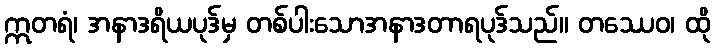
ဣတရံ၊ အနာဒရိယပုဒ်မှ တစ်ပါးသောအနာဒတာရပုဒ်သည်။ တဿေဝ၊ ထို